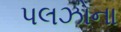
પલઝોના